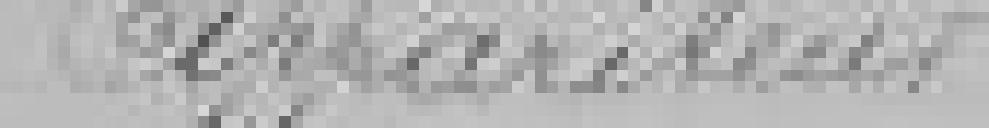
Appariteur